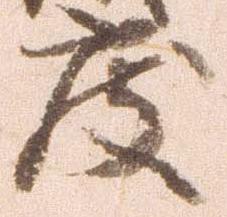
度